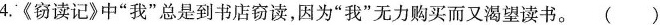
4《窃读记》中”我”总是到书店窃读，因为”我”无力购买而又渴望读书。()